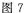
图7